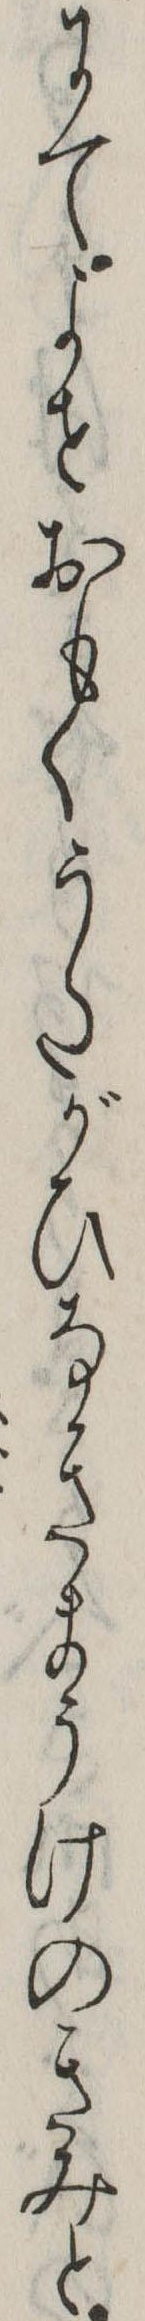
にてよせおもくうたがひなきまうけのきみと